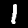
Label: 1